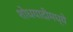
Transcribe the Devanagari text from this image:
शोधयादीमध्ये